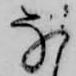
な